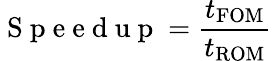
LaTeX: \mathrm{~S~p~e~e~d~u~p~}=\frac{t_{\mathrm{FOM}}}{t_{\mathrm{ROM}}}